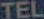
TEL